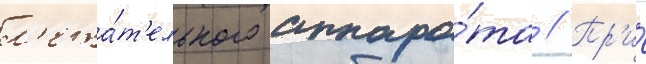
л'ета́т'ельного аппара́та // Пр'и́